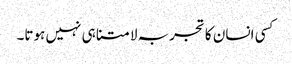
کسی انسان کا تجربہ لامتناہی نہیں ہوتا۔